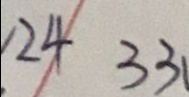
2 4 3 3 1